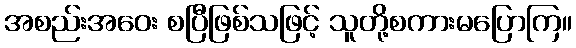
အစည်းအဝေး စပြီဖြစ်သဖြင့် သူတို့စကားမပြောကြ။